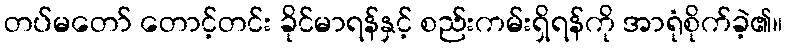
တပ်မတော် တောင့်တင်း ခိုင်မာရန်နှင့် စည်းကမ်းရှိရန်ကို အာရုံစိုက်ခဲ့၏။